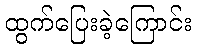
ထွက်ပြေးခဲ့ကြောင်း